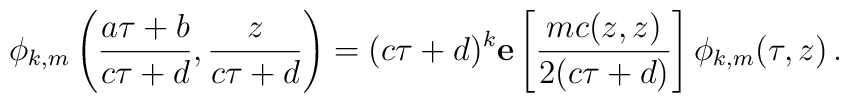
\phi_{k,m}\left(\frac{a\tau+b}{c\tau+d}, \frac{z}{c\tau+d}\right)  = (c\tau+d)^k {\bf    e}\left[\frac{mc(z,z)}{2(c\tau+d)}\right]\phi_{k,m}(\tau,z)\,.